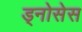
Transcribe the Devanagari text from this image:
ड्नोसेस